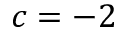
c = - 2